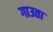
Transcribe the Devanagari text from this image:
गाउता